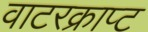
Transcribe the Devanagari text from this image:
वाटरक्राप्ट